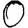
Digit: 0